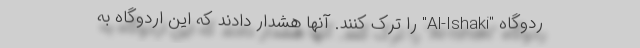
ردوگاه "Al-Ishaki" را ترک کنند. آنها هشدار دادند که این اردوگاه به